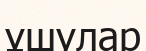
ұшулар